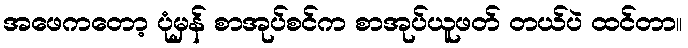
အဖေကတော့ ပုံမှန် စာအုပ်စင်က စာအုပ်ယူဖတ် တယ်ပဲ ထင်တာ။